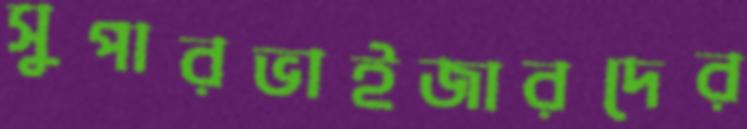
সুপারভাইজারদের